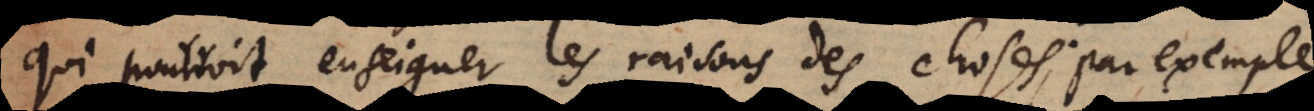
qui pourroit enseigner les raisons des choses: par exemple